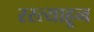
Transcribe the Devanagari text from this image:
रस्त्याहून